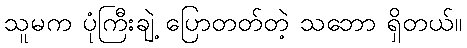
သူမက ပုံကြီးချဲ့ ပြောတတ်တဲ့ သဘော ရှိတယ်။